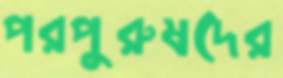
পরপুরুষদের